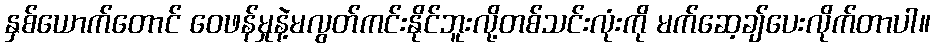
နှစ်ယောက်တောင် ဝေဖန်မှုနဲ့မလွတ်ကင်းနိုင်ဘူးလို့တစ်သင်းလုံးကို မက်ဆေ့ချ်ပေးလိုက်တာပါ။